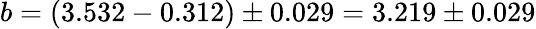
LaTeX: b=(3.532-0.312)\pm 0.029=3.219\pm 0.029